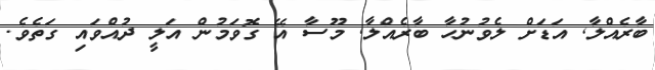
ބާރެއްލާ